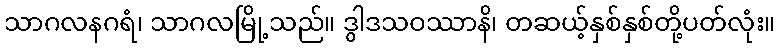
သာဂလနဂရံ၊ သာဂလမြို့သည်။ ဒွါဒသဝဿာနိ၊ တဆယ့်နှစ်နှစ်တို့ပတ်လုံး။